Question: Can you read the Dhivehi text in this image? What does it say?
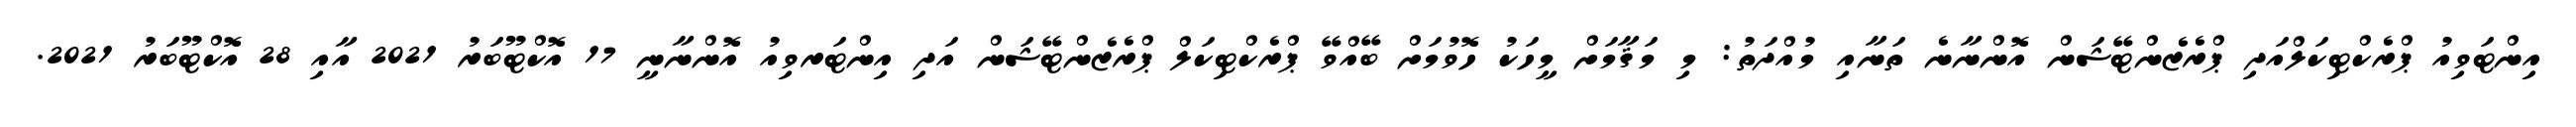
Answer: އިންޓަވިއު ޕްރެކްޓިކަލްއަދި ޕްރެޒެންޓޭޝަން އޮންނާނެ ތަނާއި މުއްދަތު: މި މަޤާމަށް މީހަކު ހޮވުމަށް ބޭއްވޭ ޕްރެކްޓިކަލް ޕްރެޒެންޓޭޝަން އަދި އިންޓަރވިއު އޮންނާނީ 17 އޮކްޓޫބަރު 2021 އާއި 28 އޮކްޓޫބަރު 2021.